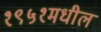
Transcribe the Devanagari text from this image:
१९५१मधील